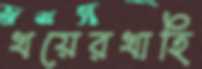
খয়েরখাহি